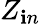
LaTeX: Z_{\mathbf{i}n}